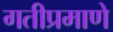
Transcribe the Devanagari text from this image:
गतीप्रमाणे